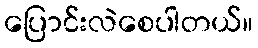
ပြောင်းလဲစေပါတယ်။